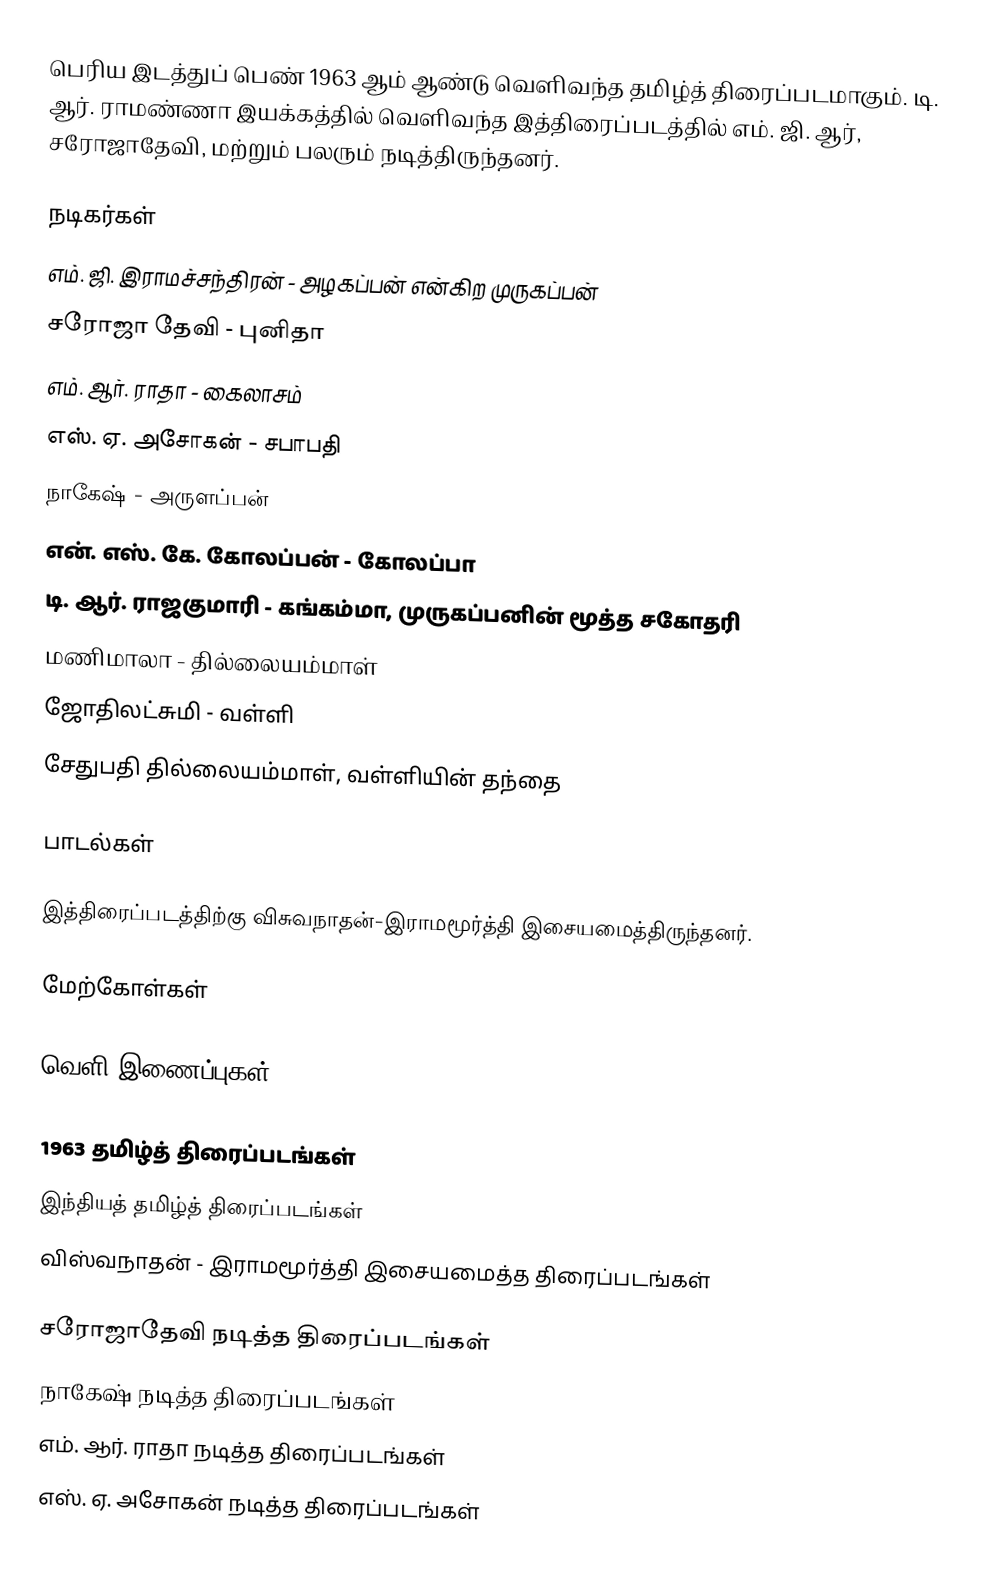
பெரிய இடத்துப் பெண் 1963 ஆம் ஆண்டு வெளிவந்த தமிழ்த் திரைப்படமாகும். டி. ஆர். ராமண்ணா இயக்கத்தில் வெளிவந்த இத்திரைப்படத்தில் எம். ஜி. ஆர், சரோஜாதேவி, மற்றும் பலரும் நடித்திருந்தனர்.

நடிகர்கள்
 எம். ஜி. இராமச்சந்திரன் - அழகப்பன் என்கிற முருகப்பன்
 சரோஜா தேவி - புனிதா
 எம். ஆர். ராதா - கைலாசம்
 எஸ். ஏ. அசோகன் - சபாபதி
 நாகேஷ் - அருளப்பன்
 என். எஸ். கே. கோலப்பன் - கோலப்பா
 டி. ஆர். ராஜகுமாரி - கங்கம்மா, முருகப்பனின் மூத்த சகோதரி
 மணிமாலா  - தில்லையம்மாள்
 ஜோதிலட்சுமி - வள்ளி
 சேதுபதி தில்லையம்மாள், வள்ளியின் தந்தை

பாடல்கள்

இத்திரைப்படத்திற்கு விசுவநாதன்-இராமமூர்த்தி இசையமைத்திருந்தனர்.

மேற்கோள்கள்

வெளி இணைப்புகள்

1963 தமிழ்த் திரைப்படங்கள்
இந்தியத் தமிழ்த் திரைப்படங்கள்
விஸ்வநாதன் - இராமமூர்த்தி இசையமைத்த திரைப்படங்கள்

சரோஜாதேவி நடித்த திரைப்படங்கள்
நாகேஷ் நடித்த திரைப்படங்கள்
எம். ஆர். ராதா நடித்த திரைப்படங்கள்
எஸ். ஏ. அசோகன் நடித்த திரைப்படங்கள்